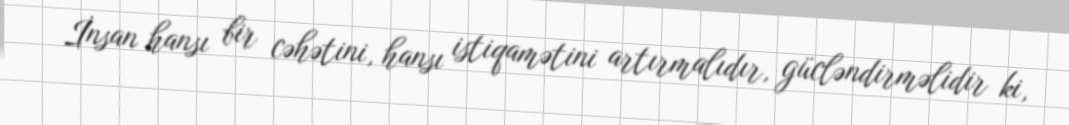
İnsan hansı bir cəhətini, hansı istiqamətini artırmalıdır, gücləndirməlidir ki,